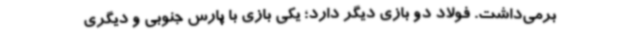
برمی‌داشت. فولاد دو بازی دیگر دارد؛ یکی بازی با پارس جنوبی و دیگری